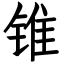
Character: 锥